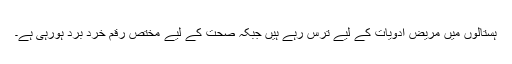
ہستالوں میں مریض ادویات کے لیے ترس رہے ہیں جبکہ صحت کے لیے مختص رقم خرد برد ہورہی ہے۔